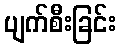
ပျက်စီးခြင်း